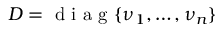
\boldsymbol { D } = \textrm { d i a g } \{ \nu _ { 1 } , \dots , \nu _ { n } \}